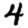
Digit: 4